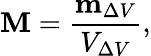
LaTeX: \mathbf{M}={\frac{\mathbf{m}_{\Delta V}}{V_{\Delta V}}},